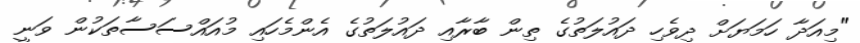
"މިއަދާ ހަމަޔަށް ދިވެހި ދައުލަތުގެ ތިން ބާރާއި ދައުލަތުގެ އެންމެހައި މުއައްސަސާތަކުން ވަނީ